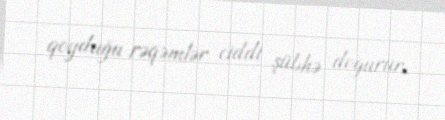
qoyduğu rəqəmlər ciddi şübhə doğurur.